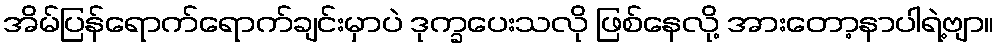
အိမ်ပြန်ရောက်ရောက်ချင်းမှာပဲ ဒုက္ခပေးသလို ဖြစ်နေလို့ အားတော့နာပါရဲ့ဗျာ။